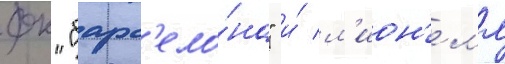
фк "барс'ело́на" и́ л'ион'ел'я